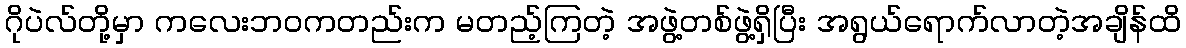
ဂိုပဲလ်တို့မှာ ကလေးဘဝကတည်းက မတည့်ကြတဲ့ အဖွဲ့တစ်ဖွဲ့ရှိပြီး အရွယ်ရောက်လာတဲ့အချိန်ထိ